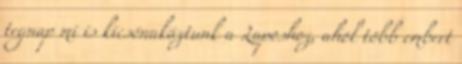
tegnap mi is kicsónakáztunk a Laposhoz, ahol több embert